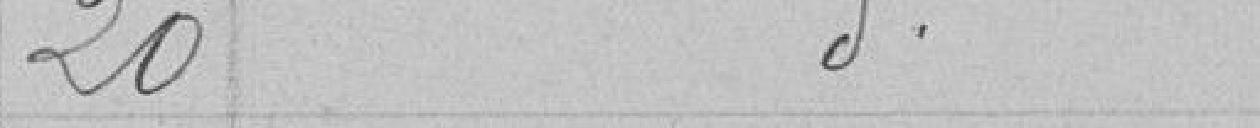
20 - Idem